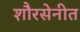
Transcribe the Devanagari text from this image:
शौरसेनीत